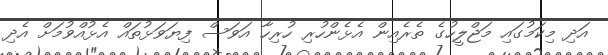
އަދި މިކަމުގައި މަޖްލީހުގެ ތެރެއިން އެޅެންހުރި ހުރިހާ އަވަސް ފިޔަވަޅުތައް އެޅުއްވުމަށް އެދި